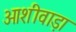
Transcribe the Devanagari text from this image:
ओशीवाड़ा